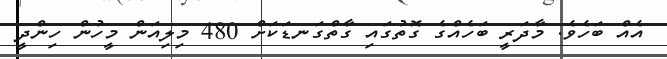
އެއް ބަހެވެ. މާދަރީ ބަހެއްގެ ގޮތުގައި ގާތްގަނޑަކަށް 480 މިލިއަން މީހުން ހިންދީ